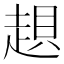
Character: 𧼀